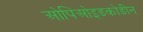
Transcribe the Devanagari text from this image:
ओपिओइडकोडीन